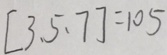
[ 3 、 5 、 7 ] = 1 0 5